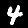
Label: 4